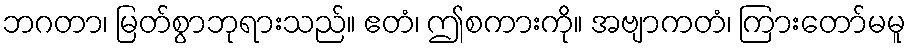
ဘဂတာ၊ မြတ်စွာဘုရားသည်။ ဧတံ၊ ဤစကားကို။ အဗျာကတံ၊ ကြားတော်မမူ